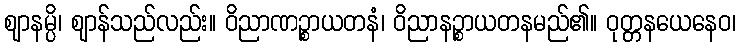
ဈာနမ္ပိ၊ ဈာန်သည်လည်း။ ဝိညာဏဉ္စာယတနံ၊ ဝိညာနဉ္စာယတနမည်၏။ ဝုတ္တနယေနေဝ၊